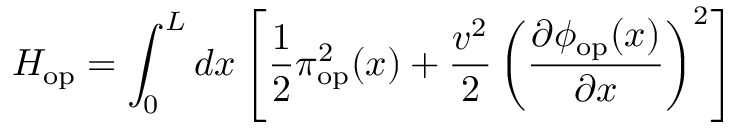
H _ { \mathrm { o p } } = \int _ { 0 } ^ { L } d x \left[ \frac { 1 } { 2 } \pi _ { \mathrm { o p } } ^ { 2 } ( x ) + \frac { v ^ { 2 } } { 2 } \left( \frac { \partial \phi _ { \mathrm { o p } } ( x ) } { \partial x } \right) ^ { 2 } \right]